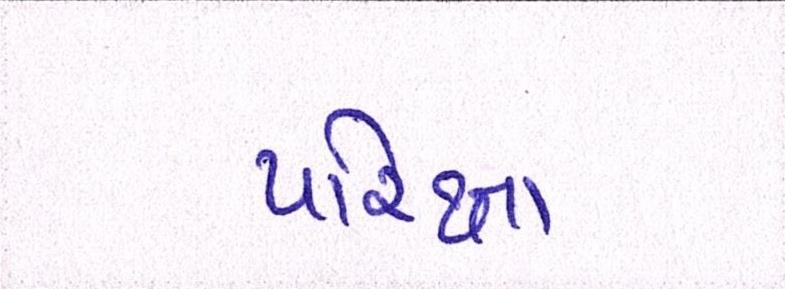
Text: પરિક્ષા